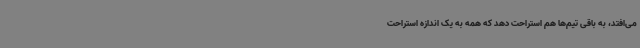
می‌افتد، به باقی تیم‌ها هم استراحت دهد که همه به یک اندازه استراحت